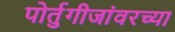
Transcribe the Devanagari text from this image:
पोर्तुगीजांवरच्या